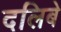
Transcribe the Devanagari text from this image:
दलिबे